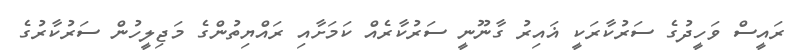
ރައީސް ވަހީދުގެ ސަރުކާރަކީ ޣައިރު ގާނޫނީ ސަރުކާރެއް ކަމަށާއި ރައްޔިތުންގެ މަޖިލީހުން ސަރުކާރުގެ